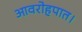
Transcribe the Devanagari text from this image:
आवरोहपात।